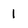
Character: 1